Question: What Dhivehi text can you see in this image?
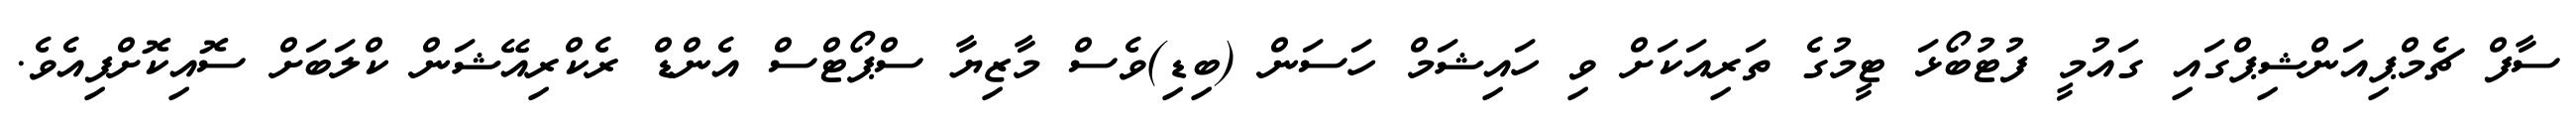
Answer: ސާފް ޗެމްޕިއަންޝިޕްގައި ގައުމީ ފުޓުބޯޅަ ޓީމުގެ ތަރިއަކަށް ވި ހައިޝަމް ހަސަން (ބިޑި)ވެސް މާޒިޔާ ސްޕޯޓްސް އެންޑް ރެކްރިއޭޝަން ކްލަބަށް ސޮއިކޮށްފިއެވެ.